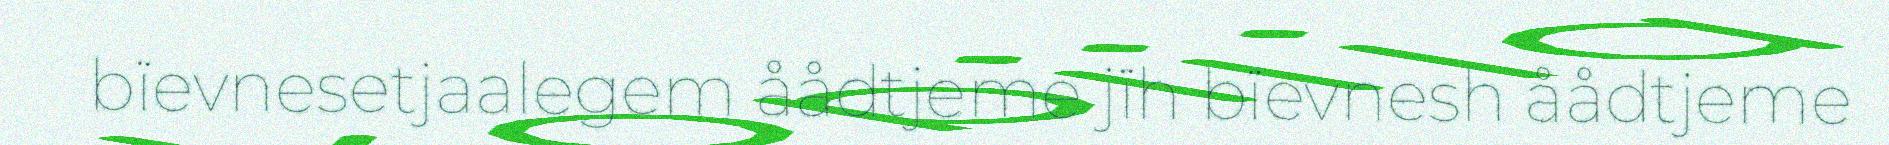
bïevnesetjaalegem åådtjeme jïh bïevnesh åådtjeme